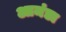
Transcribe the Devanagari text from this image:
आमंडा